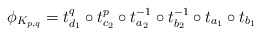
\begin{align*}\phi_{K_{p,q}} = t_{d_1}^q \circ t_{c_2}^p \circ t_{a_2}^{-1}\circ t_{b_2}^{-1} \circ t_{a_1} \circ t_{b_1}\end{align*}